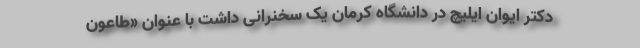
دکتر ایوان ایلیچ در دانشگاه کرمان یک سخنرانی داشت با عنوان «طاعون